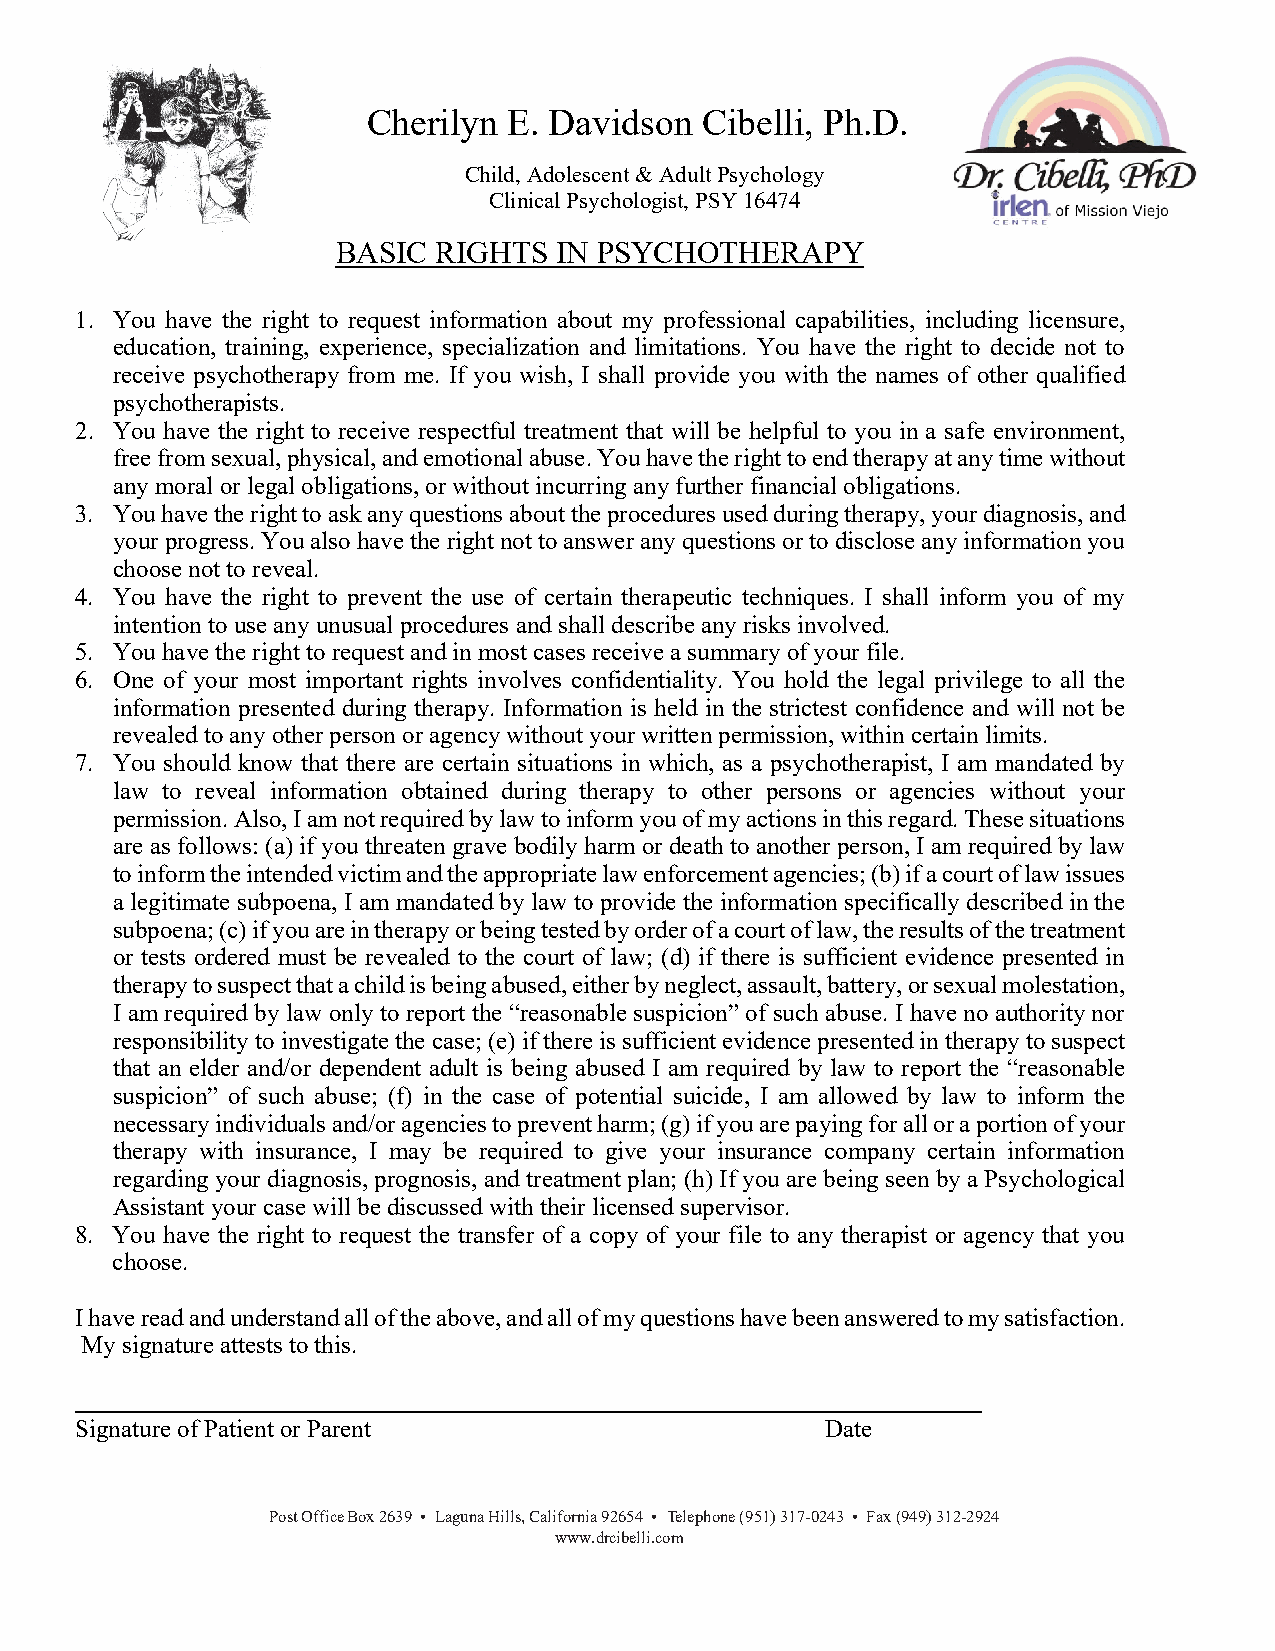
Cherilyn  E. Davidson Cibelli, Ph.D.
 Child, Adolescent & Adult Psychology
 Clinical Psychologist, PSY 16474
 BASIC  RIGHTS  IN PSYCHOTHERAPY
 1. You have the right to request information about my professional capabilities, including licensure,
 education, training, experience, specialization and limitations. You have the right to decide not to
 receive psychotherapy from me. If you wish, I shall provide you with the names of other qualified
 psychotherapists.
 2. You have the right to receive respectful treatment that will be helpful to you in a safe environment,
 free from sexual, physical, and emotional abuse. You have the right to end therapy at any time without
 any moral or legal obligations, or without incurring any further financial obligations.
 3. You have the right to ask any questions about the procedures used during therapy, your diagnosis, and
 your progress. You also have the right not to answer any questions or to disclose any information you
 choose not to reveal.
 4. You have the right to prevent the use of certain therapeutic techniques. I shall inform you of my
 intention to use any unusual procedures and shall describe any risks involved.
 5. You have the right to request and in most cases receive a summary of your file.
 6. One of your most important rights involves confidentiality. You hold the legal privilege to all the
 information presented during therapy. Information is held in the strictest confidence and will not be
 revealed to any other person or agency without your written permission, within certain limits.
 7. You should know that there are certain situations in which, as a psychotherapist, I am mandated by
 law to reveal information obtained during therapy to other persons or agencies without your
 permission. Also, I am not required by law to inform you of my actions in this regard. These situations
 are as follows: (a) if you threaten grave bodily harm or death to another person, I am required by law
 to inform the intended victim and the appropriate law enforcement agencies; (b) if a court of law issues
 a legitimate subpoena, I am mandated by law to provide the information specifically described in the
 subpoena; (c) if you are in therapy or being tested by order of a court of law, the results of the treatment
 or tests ordered must be revealed to the court of law; (d) if there is sufficient evidence presented in
 therapy to suspect that a child is being abused, either by neglect, assault, battery, or sexual molestation,
 I am required by law only to report the “reasonable suspicion” of such abuse. I have no authority nor
 responsibility to investigate the case; (e) if there is sufficient evidence presented in therapy to suspect
 that an elder and/or dependent adult is being abused I am required by law to report the “reasonable
 suspicion” of such abuse; (f) in the case of potential suicide, I am allowed by law to inform the
 necessary individuals and/or agencies to prevent harm; (g) if you are paying for all or a portion of your
 therapy with insurance, I may be required to give your insurance company certain information
 regarding your diagnosis, prognosis, and treatment plan; (h) If you are being seen by a Psychological
 Assistant your case will be discussed with their licensed supervisor.
 8. You have the right to request the transfer of a copy of your file to any therapist or agency that you
 choose.
 I have read and understand all of the above, and all of my questions have been answered to my satisfaction.
 My signature attests to this.
 Signature of Patient or Parent                    Date
 Post Office Box 2639 • Laguna Hills, California 92654 • Telephone (951) 317-0243 • Fax (949) 312-2924
 www.drcibelli.com